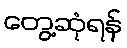
တွေ့ဆုံရန်